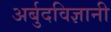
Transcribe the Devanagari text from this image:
अर्बुदविज्ञानी